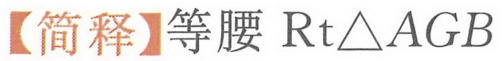
【简释】等腰\(\text{Rt}\triangle AGB\)